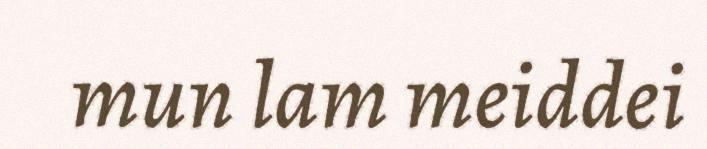
mun lam meiddei